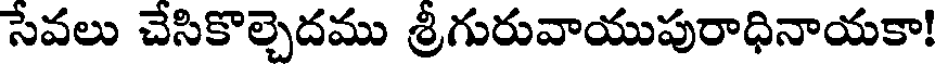
సేవలు చేసికొల్చెదము శ్రీగురువాయుపురాధినాయకా!